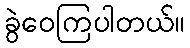
ခွဲဝေကြပါတယ်။